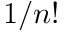
1 / n !